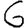
Digit: 6